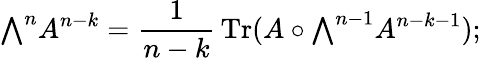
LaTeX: {\textstyle\bigwedge}^{n}A^{n-k}={\frac{1}{n-k}}\operatorname{Tr}(A\circ{\textstyle\bigwedge}^{n-1}A^{n-k-1});